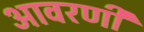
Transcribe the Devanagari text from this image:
आवरणी